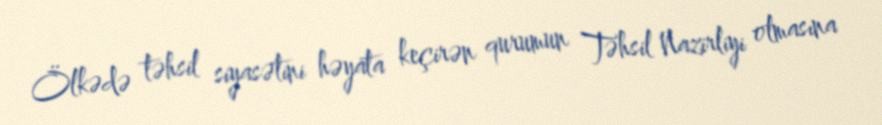
Ölkədə təhsil siyasətini həyata keçirən qurumun Təhsil Nazirliyi olmasına